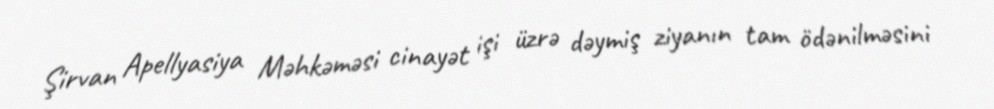
Şirvan Apellyasiya Məhkəməsi cinayət işi üzrə dəymiş ziyanın tam ödənilməsini